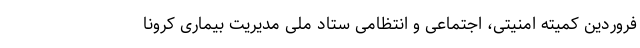
فروردین کمیته امنیتی، اجتماعی و انتظامی ستاد ملی مدیریت بیماری کرونا